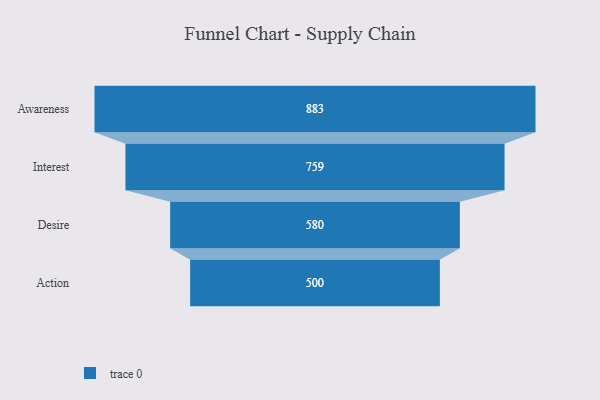
{"axis": {"x": "Stage", "y": "Value"}, "legend": [""], "data": [{"x": "Awareness", "y": 883.0, "type": ""}, {"x": "Interest", "y": 759.0, "type": ""}, {"x": "Desire", "y": 580.0, "type": ""}, {"x": "Action", "y": 500, "type": ""}]}